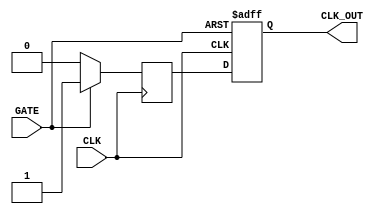
module ClockGatingBuffer (
    input wire CLK,       // Primary clock input
    input wire GATE,      // Clock gating enable signal
    output reg CLK_OUT     // Gated clock output
);

// Internal signal for the gated clock
reg gated_clk;

// Asynchronous reset of the output clock
always @(posedge CLK or negedge GATE) begin
    if (!GATE) begin
        CLK_OUT <= 1'b0;  // Hold CLK_OUT low when GATE is low
    end else begin
        CLK_OUT <= gated_clk; // Assign gated_clk when GATE is high
    end
end

// Logic to determine gated clock behavior
always @(posedge CLK) begin
    if (GATE) begin
        gated_clk <= 1'b1;   // Allow clock to pass through
    end else begin
        gated_clk <= 1'b0;   // Disable clock when GATE is low
    end
end

endmodule